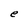
Character: e